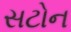
સટોન